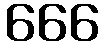
666